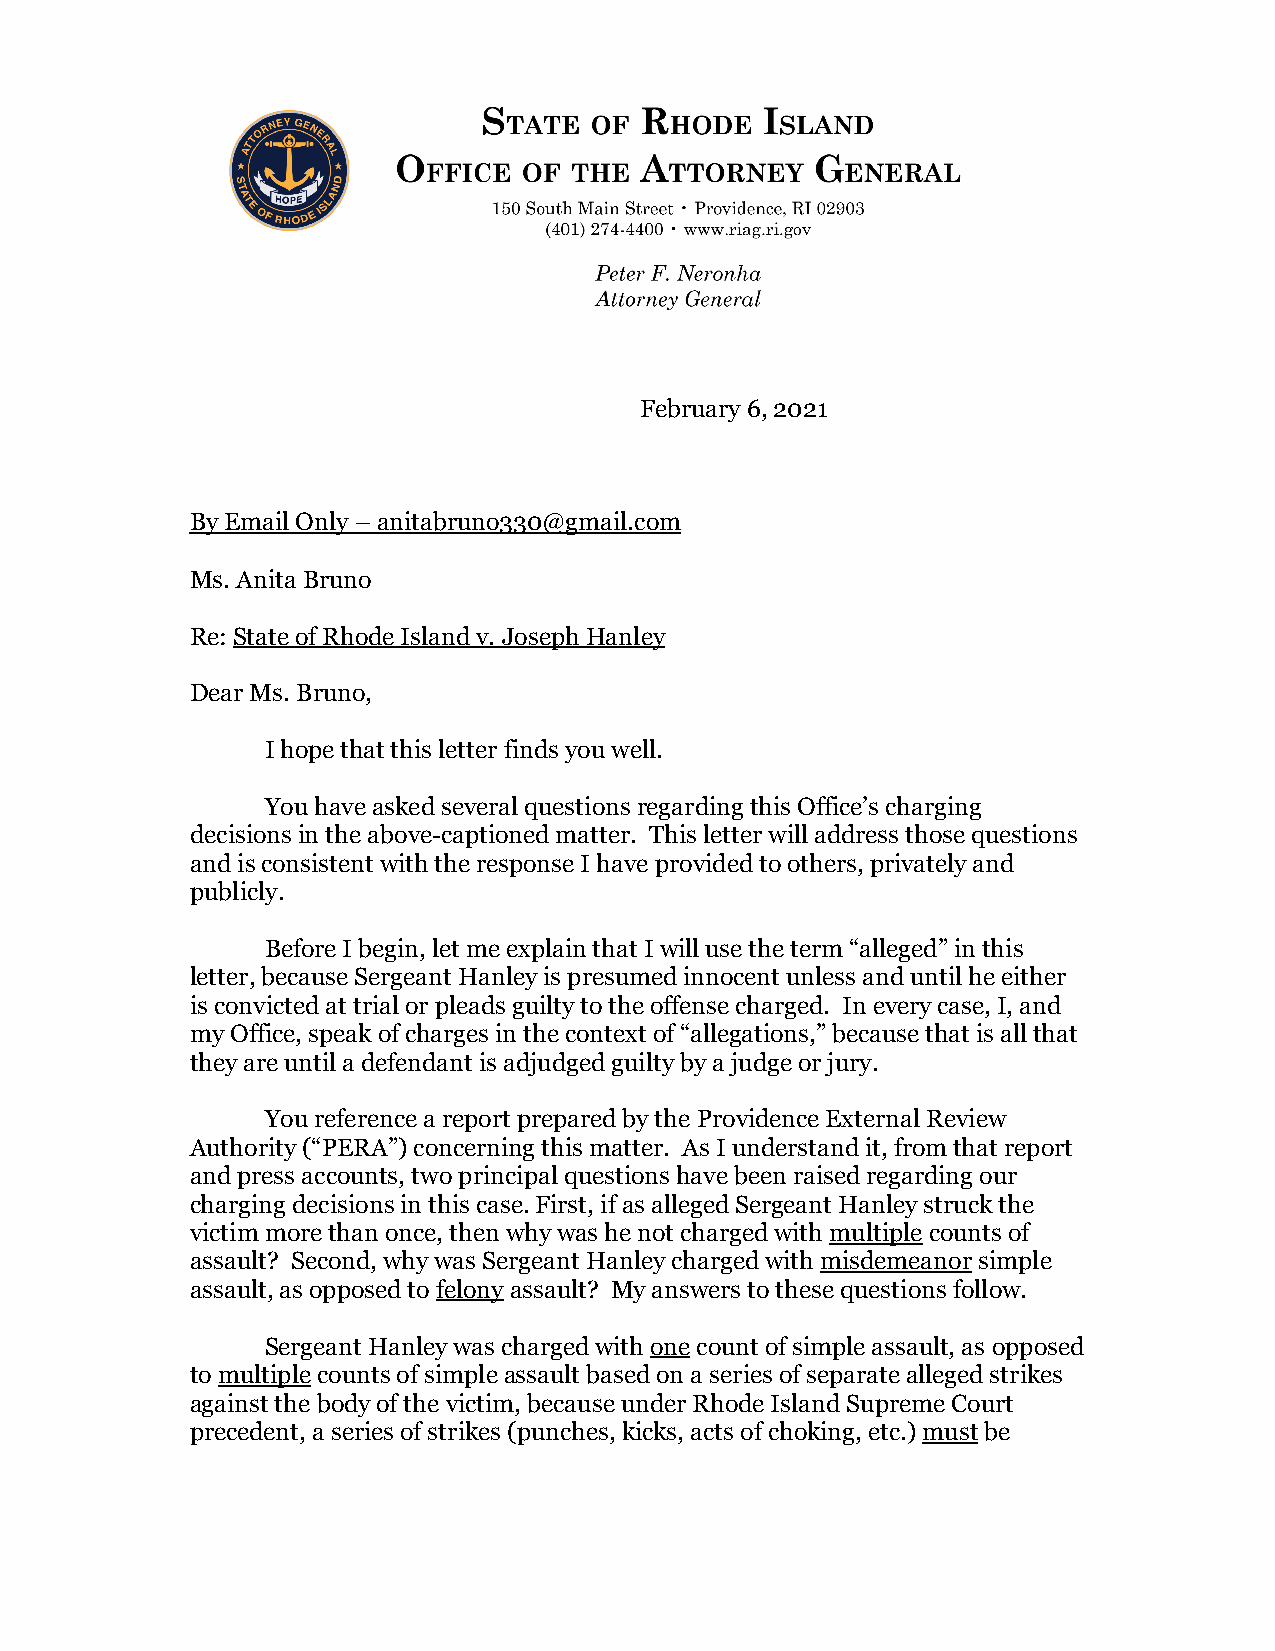
February 6, 2021
 By Email Only – anitabruno330@gmail.com
 Ms. Anita Bruno
 Re: State of Rhode Island v. Joseph Hanley
 Dear Ms. Bruno,
 I hope that this letter finds you well.
 You have asked several questions regarding this Office’s charging
 decisions in the above-captioned matter. This letter will address those questions
 and is consistent with the response I have provided to others, privately and
 publicly.
 Before I begin, let me explain that I will use the term “alleged” in this
 letter, because Sergeant Hanley is presumed innocent unless and until he either
 is convicted at trial or pleads guilty to the offense charged. In every case, I, and
 my Office, speak of charges in the context of “allegations,” because that is all that
 they are until a defendant is adjudged guilty by a judge or jury.
 You reference a report prepared by the Providence External Review
 Authority (“PERA”) concerning this matter. As I understand it, from that report
 and press accounts, two principal questions have been raised regarding our
 charging decisions in this case. First, if as alleged Sergeant Hanley struck the
 victim more than once, then why was he not charged with multiple counts of
 assault? Second, why was Sergeant Hanley charged with misdemeanor simple
 assault, as opposed to felony assault? My answers to these questions follow.
 Sergeant Hanley was charged with one count of simple assault, as opposed
 to multiple counts of simple assault based on a series of separate alleged strikes
 against the body of the victim, because under Rhode Island Supreme Court
 precedent, a series of strikes (punches, kicks, acts of choking, etc.) must be